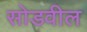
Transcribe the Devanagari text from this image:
सोडवील